Vaccination in Bombay 1863-1868 - 1863-1868
Year: 1863
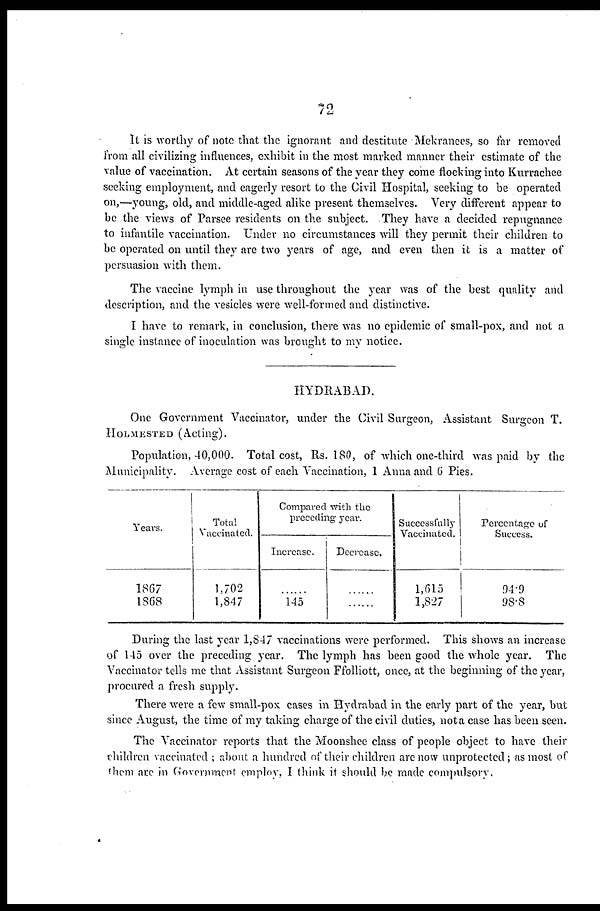
72
It is worthy of note that the ignorant and destitute Mekranees, so far removed
from all civilizing influences, exhibit in the most marked manner their estimate of the
value of vaccination. At certain seasons of the year they come flocking into Kurrachee
seeking employment, and eagerly resort to the Civil Hospital, seeking to be operated
on,—young, old, and middle-aged alike present themselves. Very different appear to
be the views of Parsee residents on the subject. They have a decided repugnance
to infantile vaccination. Under no circumstances will they permit their children to
be operated on until they are two years of age, and even then it is a matter of
persuasion with them.
The vaccine lymph in use throughout the year was of the best quality and
description, and the vesicles were well-formed and distinctive.
I have to remark, in conclusion, there was no epidemic of small-pox, and not a
single instance of inoculation was brought to my notice.
HYDRABAD.
One Government Vaccinator, under the Civil Surgeon, Assistant Surgeon T.
HOLMESTED (Acting).
Population, 40,000. Total cost, Rs. 180, of which one-third was paid by the
Municipality. Average cost of each Vaccination, 1 Anna and 6 Pies.
Years.
1867
1868
Total
Vaccinated.
1,702
1,847
Compared with the
preceding year.
Increase.
......
145
Decrease.
......
......
Succcssfulty
Vaccinated.
1,615
1,827
Percentage of
Success.
94.9
98.8
During the last year 1,847 vaccinations were performed. This shows an increase
of 145 over the preceding year. The lymph has been good the whole year. The
Vaccinator tells me that Assistant Surgeon Ffolliott, once, at the beginning of the year,
procured a fresh supply.
There were a few small-pox cases in Hydrabad in the early part of the year, but
since August, the time of my taking charge of the civil duties, not a case has been seen.
The Vaccinator reports that the Moonshee class of people object to have their
children vaccinated ; about a hundred of their children are now unprotected; as most of
them arc in Government employ, I think it should be made compulsory.